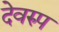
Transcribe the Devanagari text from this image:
देवरुप